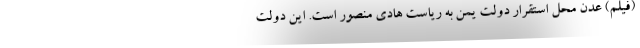
(فیلم) عدن محل استقرار دولت یمن به ریاست هادی منصور است. این دولت